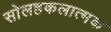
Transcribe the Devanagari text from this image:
सोलहकलात्मक